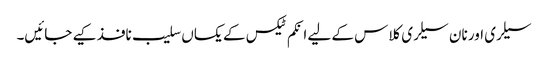
سیلری اور نان سیلری کلاس کے لیے انکم ٹیکس کے یکساں سلیب نافذ کیے جائیں۔